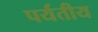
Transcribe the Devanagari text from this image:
पर्यतीय